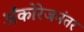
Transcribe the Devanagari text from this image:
अँकोरेजनंतर